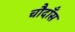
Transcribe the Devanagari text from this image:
चौदाँस